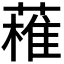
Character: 𱾝